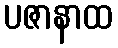
ပဇာနာထ